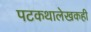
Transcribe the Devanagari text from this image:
पटकथालेखकही